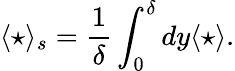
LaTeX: \langle\star\rangle_{s}=\frac{1}{\delta}\int_{0}^{\delta}dy\langle\star\rangle.